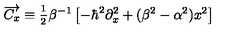
\overrightarrow { C _ { x } } \equiv \frac { { } _ { 1 } } { { } ^ { 2 } } \beta ^ { - 1 } \left[ - \hbar ^ { 2 } \partial _ { x } ^ { 2 } + ( \beta ^ { 2 } - \alpha ^ { 2 } ) x ^ { 2 } \right]